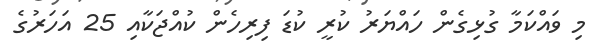
މި ވައްކަމާ ގުޅިގެން ހައްޔަރު ކުރީ ކުޑަ ފިރިހެން ކުއްޖަކާއި 25 އަހަރުގެ